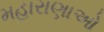
મહારાણાઓ